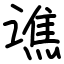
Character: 谯